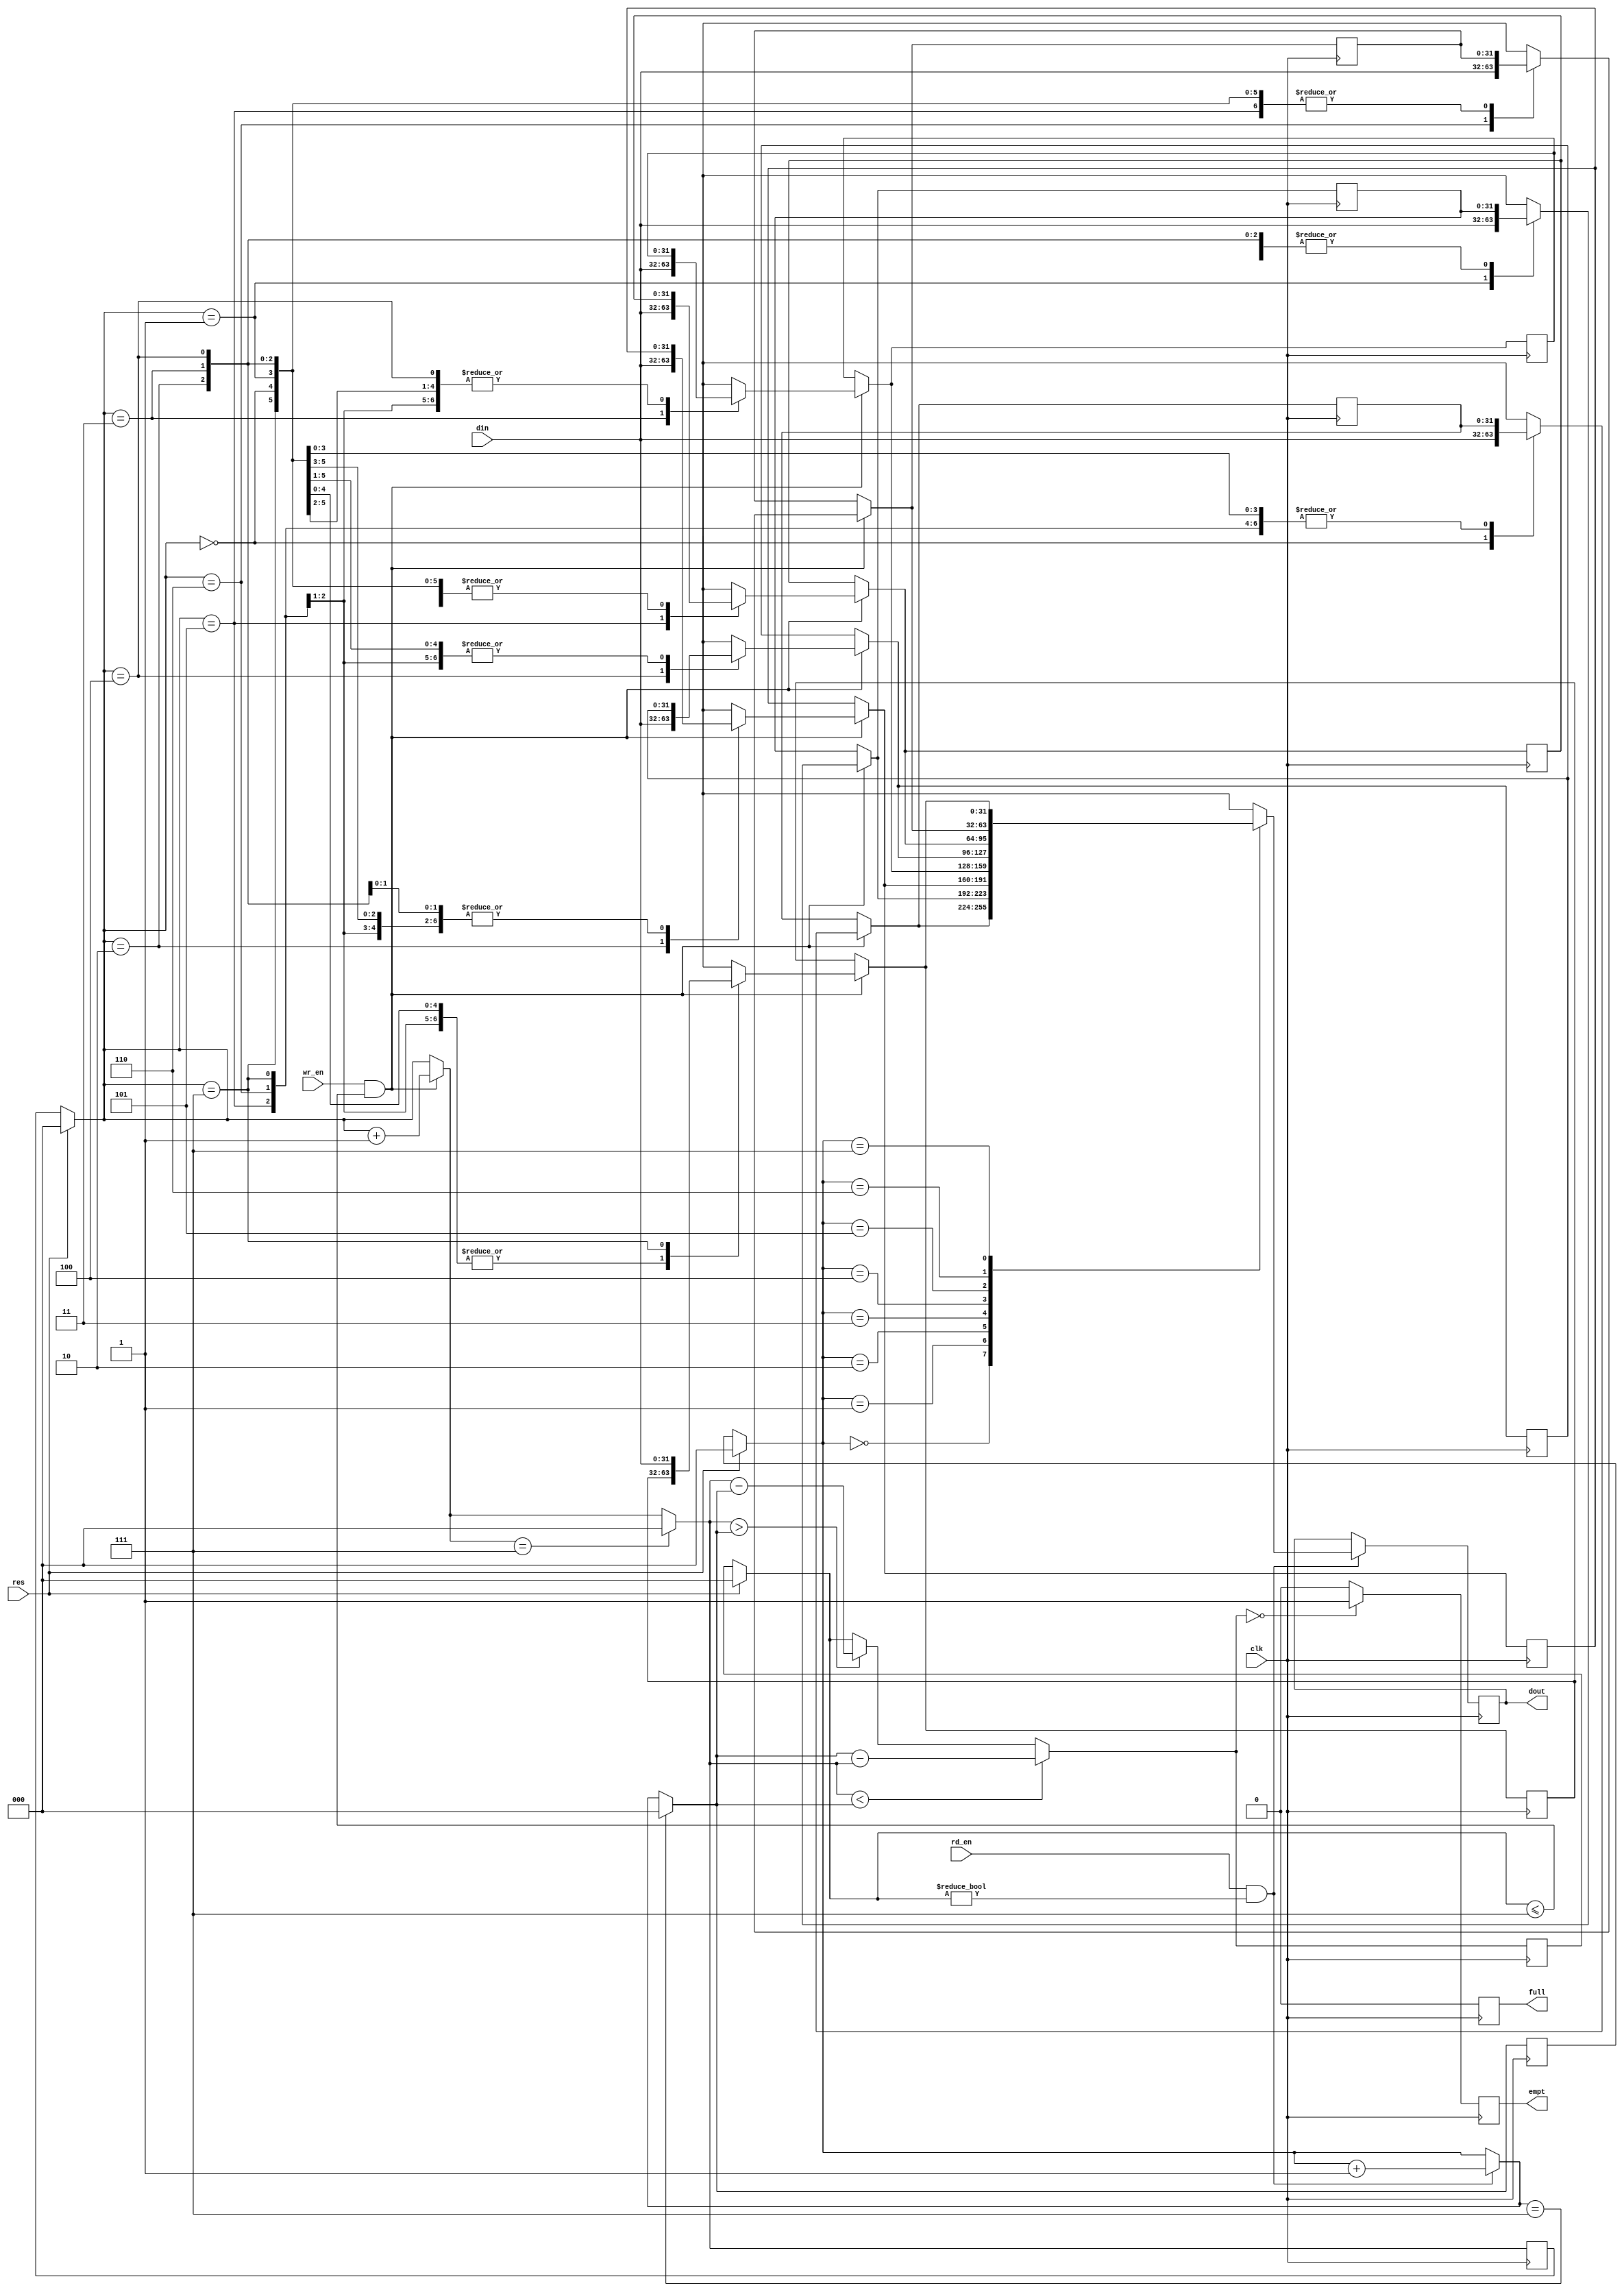
module FIFO(din, wr_en, rd_en, clk, res, dout, empt, full);

input [31:0] din;
input wr_en, rd_en, clk, res;
output reg [31:0] dout;
output reg empt, full;

reg [31:0]buff[0:7];
reg [2:0] count, rdcount, wrcount;

		
always @(posedge clk) begin


	if(res) begin
		rdcount = 0;
		wrcount = 0;
		count = 0;
	end
	
	if(wr_en == 1'b1 && count <= 7) begin
		buff[wrcount] = din;
		wrcount = wrcount + 1;
	end
	
	if(rd_en == 1'b1 && count != 0) begin
		dout = buff[rdcount];
		rdcount = rdcount + 1;
	end
	
	if(wrcount == 7) begin
		wrcount = 0;
	end
		
	if(rdcount == 7) begin
		rdcount = 0;
	end
		
	if(wrcount > rdcount) begin
		count = wrcount - rdcount;
	end
		
	if(wrcount < rdcount) begin
		count = rdcount - wrcount;
	end
	
	///count check
	if(count == 8) begin
		full = 1'b1;
	end
	
	else begin
		full = 1'b0;
	end
	
	if(count == 0) begin
		empt = 1'b1;
	end
	
	else begin
		empt = 1'b0;
	end
	
end

endmodule